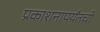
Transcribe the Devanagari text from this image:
प्रकाशनापर्यंतची